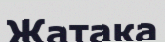
Жатака